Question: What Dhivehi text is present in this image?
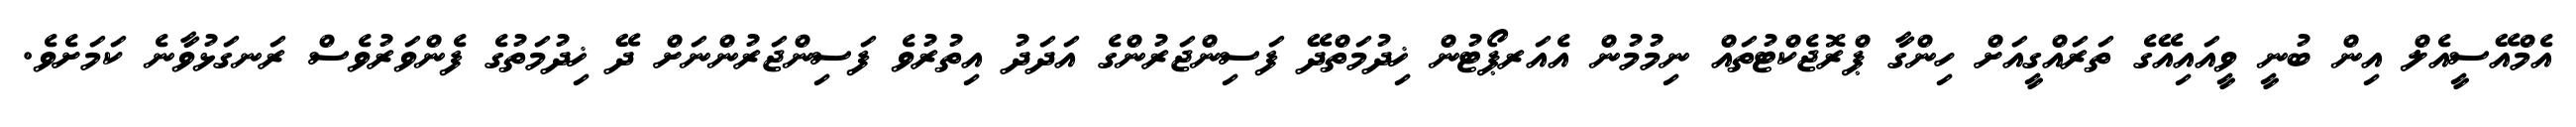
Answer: އެމްއޭސީއެލް އިން ބުނީ ވީއައިއޭގެ ތަރައްގީއަށް ހިންގާ ޕްރޮޖެކްޓުތައް ނިމުމުން އެއަރޕޯޓުން ޚިދުމަތްދޭ ފަސިންޖަރުންގެ އަދަދު އިތުރުވެ ފަސިންޖަރުންނަށް ދޭ ޚިދުމަތުގެ ފެންވަރުވެސް ރަނގަޅުވާނެ ކަމަށެވެ.